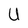
Character: U